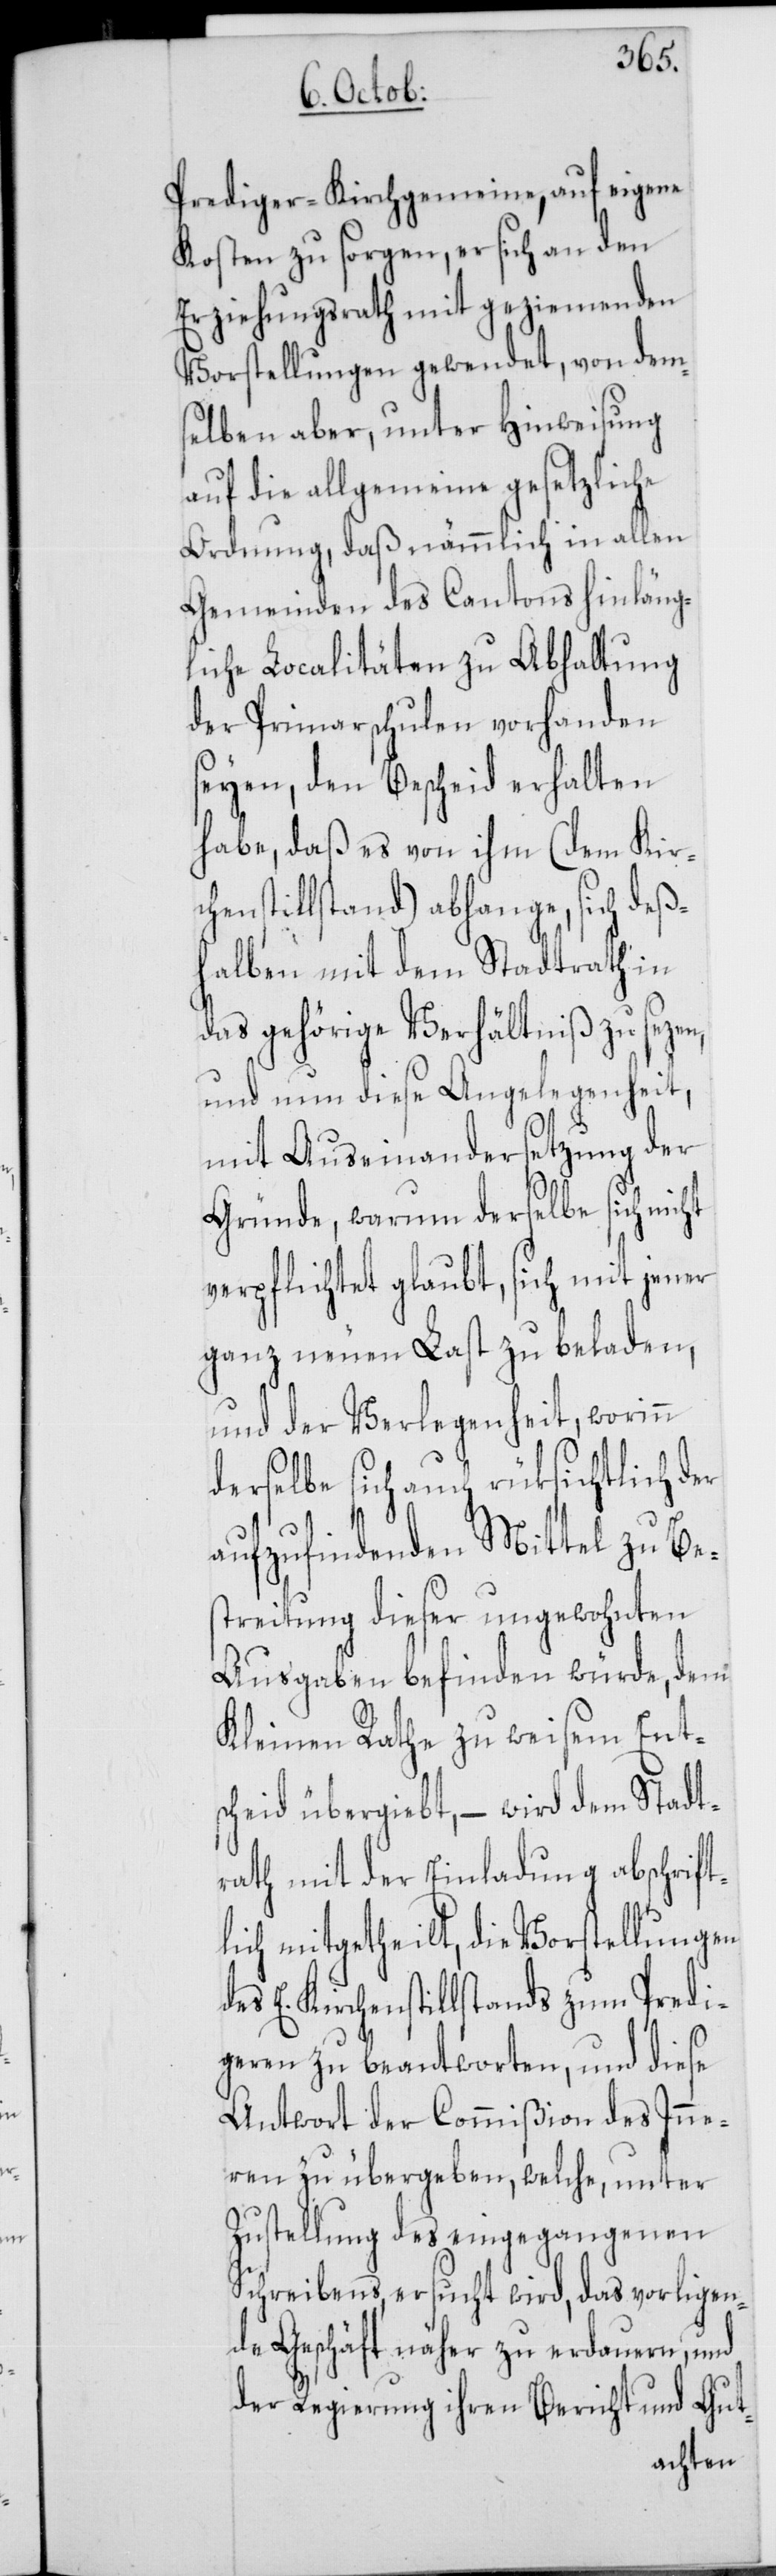
Prediger-Kirchgemeine, auf eigene
Kosten zu sorgen, er sich an den
Erziehungsrath mit geziemenden
Vorstellungen gewendet, von dem¬
selben aber, unter Hinweisung
auf die allgemeine gesetzliche
Ordnung, daß nämmlich in allen
Gemeinden des Cantons hinläng¬
liche Localitäten zu Abhaltung
der Primarschulen vorhanden
seyen, den Bescheid erhalten
habe, daß es von ihm (dem Kirc¬
henstillstand) abhange, sich deß¬
halben mit dem Stadtrath in
das gehörige Verhältniß zu sezen,
und nun diese Angelegenheit,
mit Auseinandersetzung der
Gründe, warum derselbe sich nicht
verpflichtet glaubt, sich mit jener
ganz neuen Last zu beladen,
und der Verlegenheit, worinn
derselbe sich auch rüksichtlich der
aufzufindenden Mittel zu Be¬
streitung dieser ungewohnten
Ausgaben befinden würde, dem
Kleinen Rathe zu weisem Ents¬
cheid übergiebt, – wird dem Stadt¬
rath mit der Einladung abschrift¬
lich mitgetheilt, die Vorstellungen
des E. Kirchenstillstands zum Predi¬
geren zu beantworten, und diese
Antwort der Commißion des Inne¬
ren zu übergeben, welche, unter
Zustellung des eingegangenen
Schreibens, ersucht wird, das vorligen¬
de Geschäft näher zu erdauern, und
der Regierung ihren Bericht und Gut-